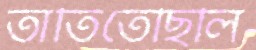
তাতিতেছিলি